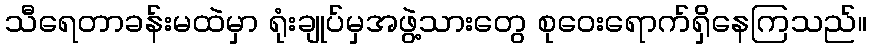
သီရေတာခန်းမထဲမှာ ရုံးချုပ်မှအဖွဲ့သားတွေ စုဝေးရောက်ရှိနေကြသည်။